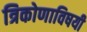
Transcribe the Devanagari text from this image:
त्रिकोणाविषयी